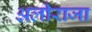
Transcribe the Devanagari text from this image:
अलीराजा